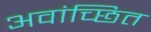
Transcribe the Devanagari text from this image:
अवांच्छित